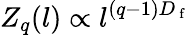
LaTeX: Z_{q}(l)\propto l^{(q-1)D_{\mathrm{~f~}}}